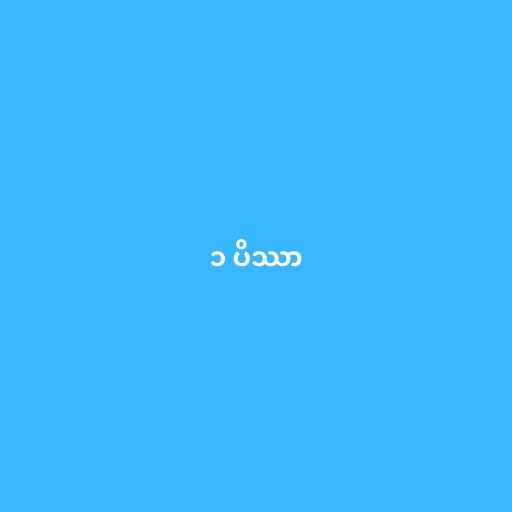
၁ ပိဿာ